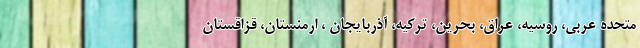
متحده عربی، روسیه، عراق، بحرین، ترکیه، آذربایجان ، ارمنستان، قزاقستان